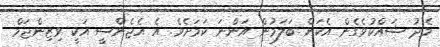
މެދު ޝައްކުވެގެން އެކަން ބަލަމުން އަންނަ ކަމަށެވެ. އެ އެޖެންސީ އަކީ ވިޒިންޖަމް